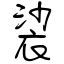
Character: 裟